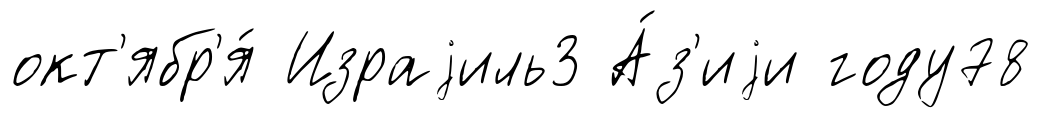
окт'ябр'я́ Израjиль3 А́з'иjи году78